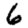
Digit: 6